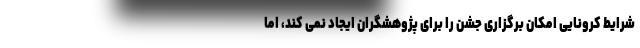
شرایط کرونایی امکان برگزاری جشن را برای پژوهشگران ایجاد نمی کند، اما